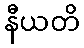
နီယတိ